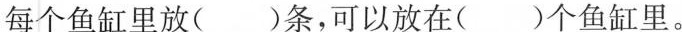
每个鱼缸里放( )条，可以放在( )个鱼缸里。